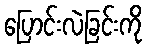
ပြောင်းလဲခြင်းကို